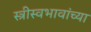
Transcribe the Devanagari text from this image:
स्त्रीस्वभावांच्या